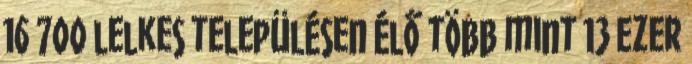
16 700 lelkes településen élő több mint 13 ezer